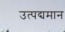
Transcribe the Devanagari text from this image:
उत्पद्यमान